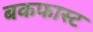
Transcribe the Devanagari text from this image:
बकफास्ट